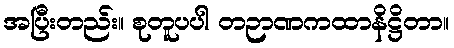
အပြီးတည်း။ စုတူပပါ တဉာဏကထာနိဋ္ဌိတာ။